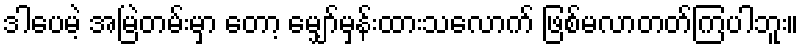
ဒါပေမဲ့ အမြဲတမ်းမှာ တော့ မျှော်မှန်းထားသလောက် ဖြစ်မလာတတ်ကြပါဘူး။